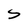
Character: S